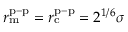
r _ { \mathrm { m } } ^ { \mathrm { p - p } } = r _ { \mathrm { c } } ^ { \mathrm { p - p } } = 2 ^ { 1 / 6 } \sigma